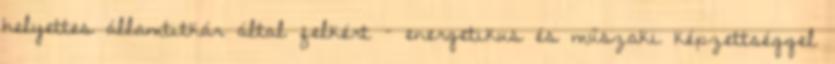
helyettes államtitkár által felkért – energetikus és műszaki képzettséggel